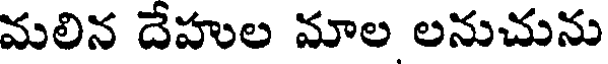
మలిన దేహుల మాల లనుచును